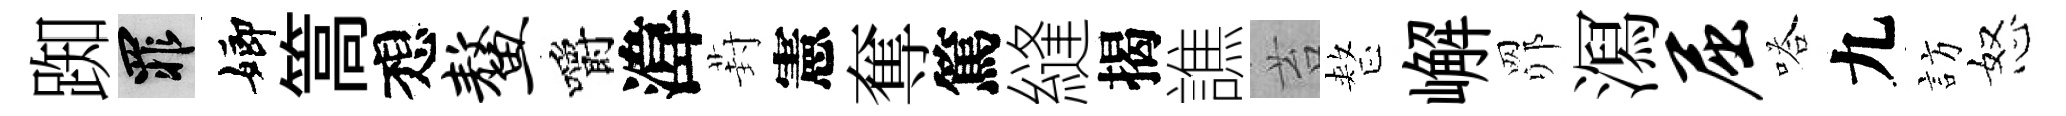
踟罪嫏篙想鳌嚼湋葑憲奪篤縫揭譙苔整嶰𦊑㵼屈嗒九訪怒